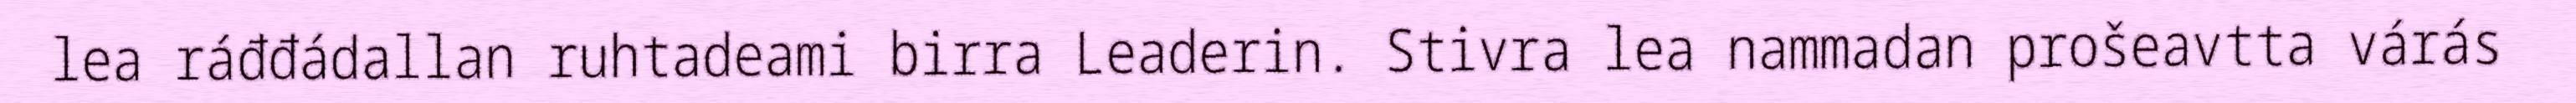
lea ráđđádallan ruhtadeami birra Leaderin. Stivra lea nammadan prošeavtta várás